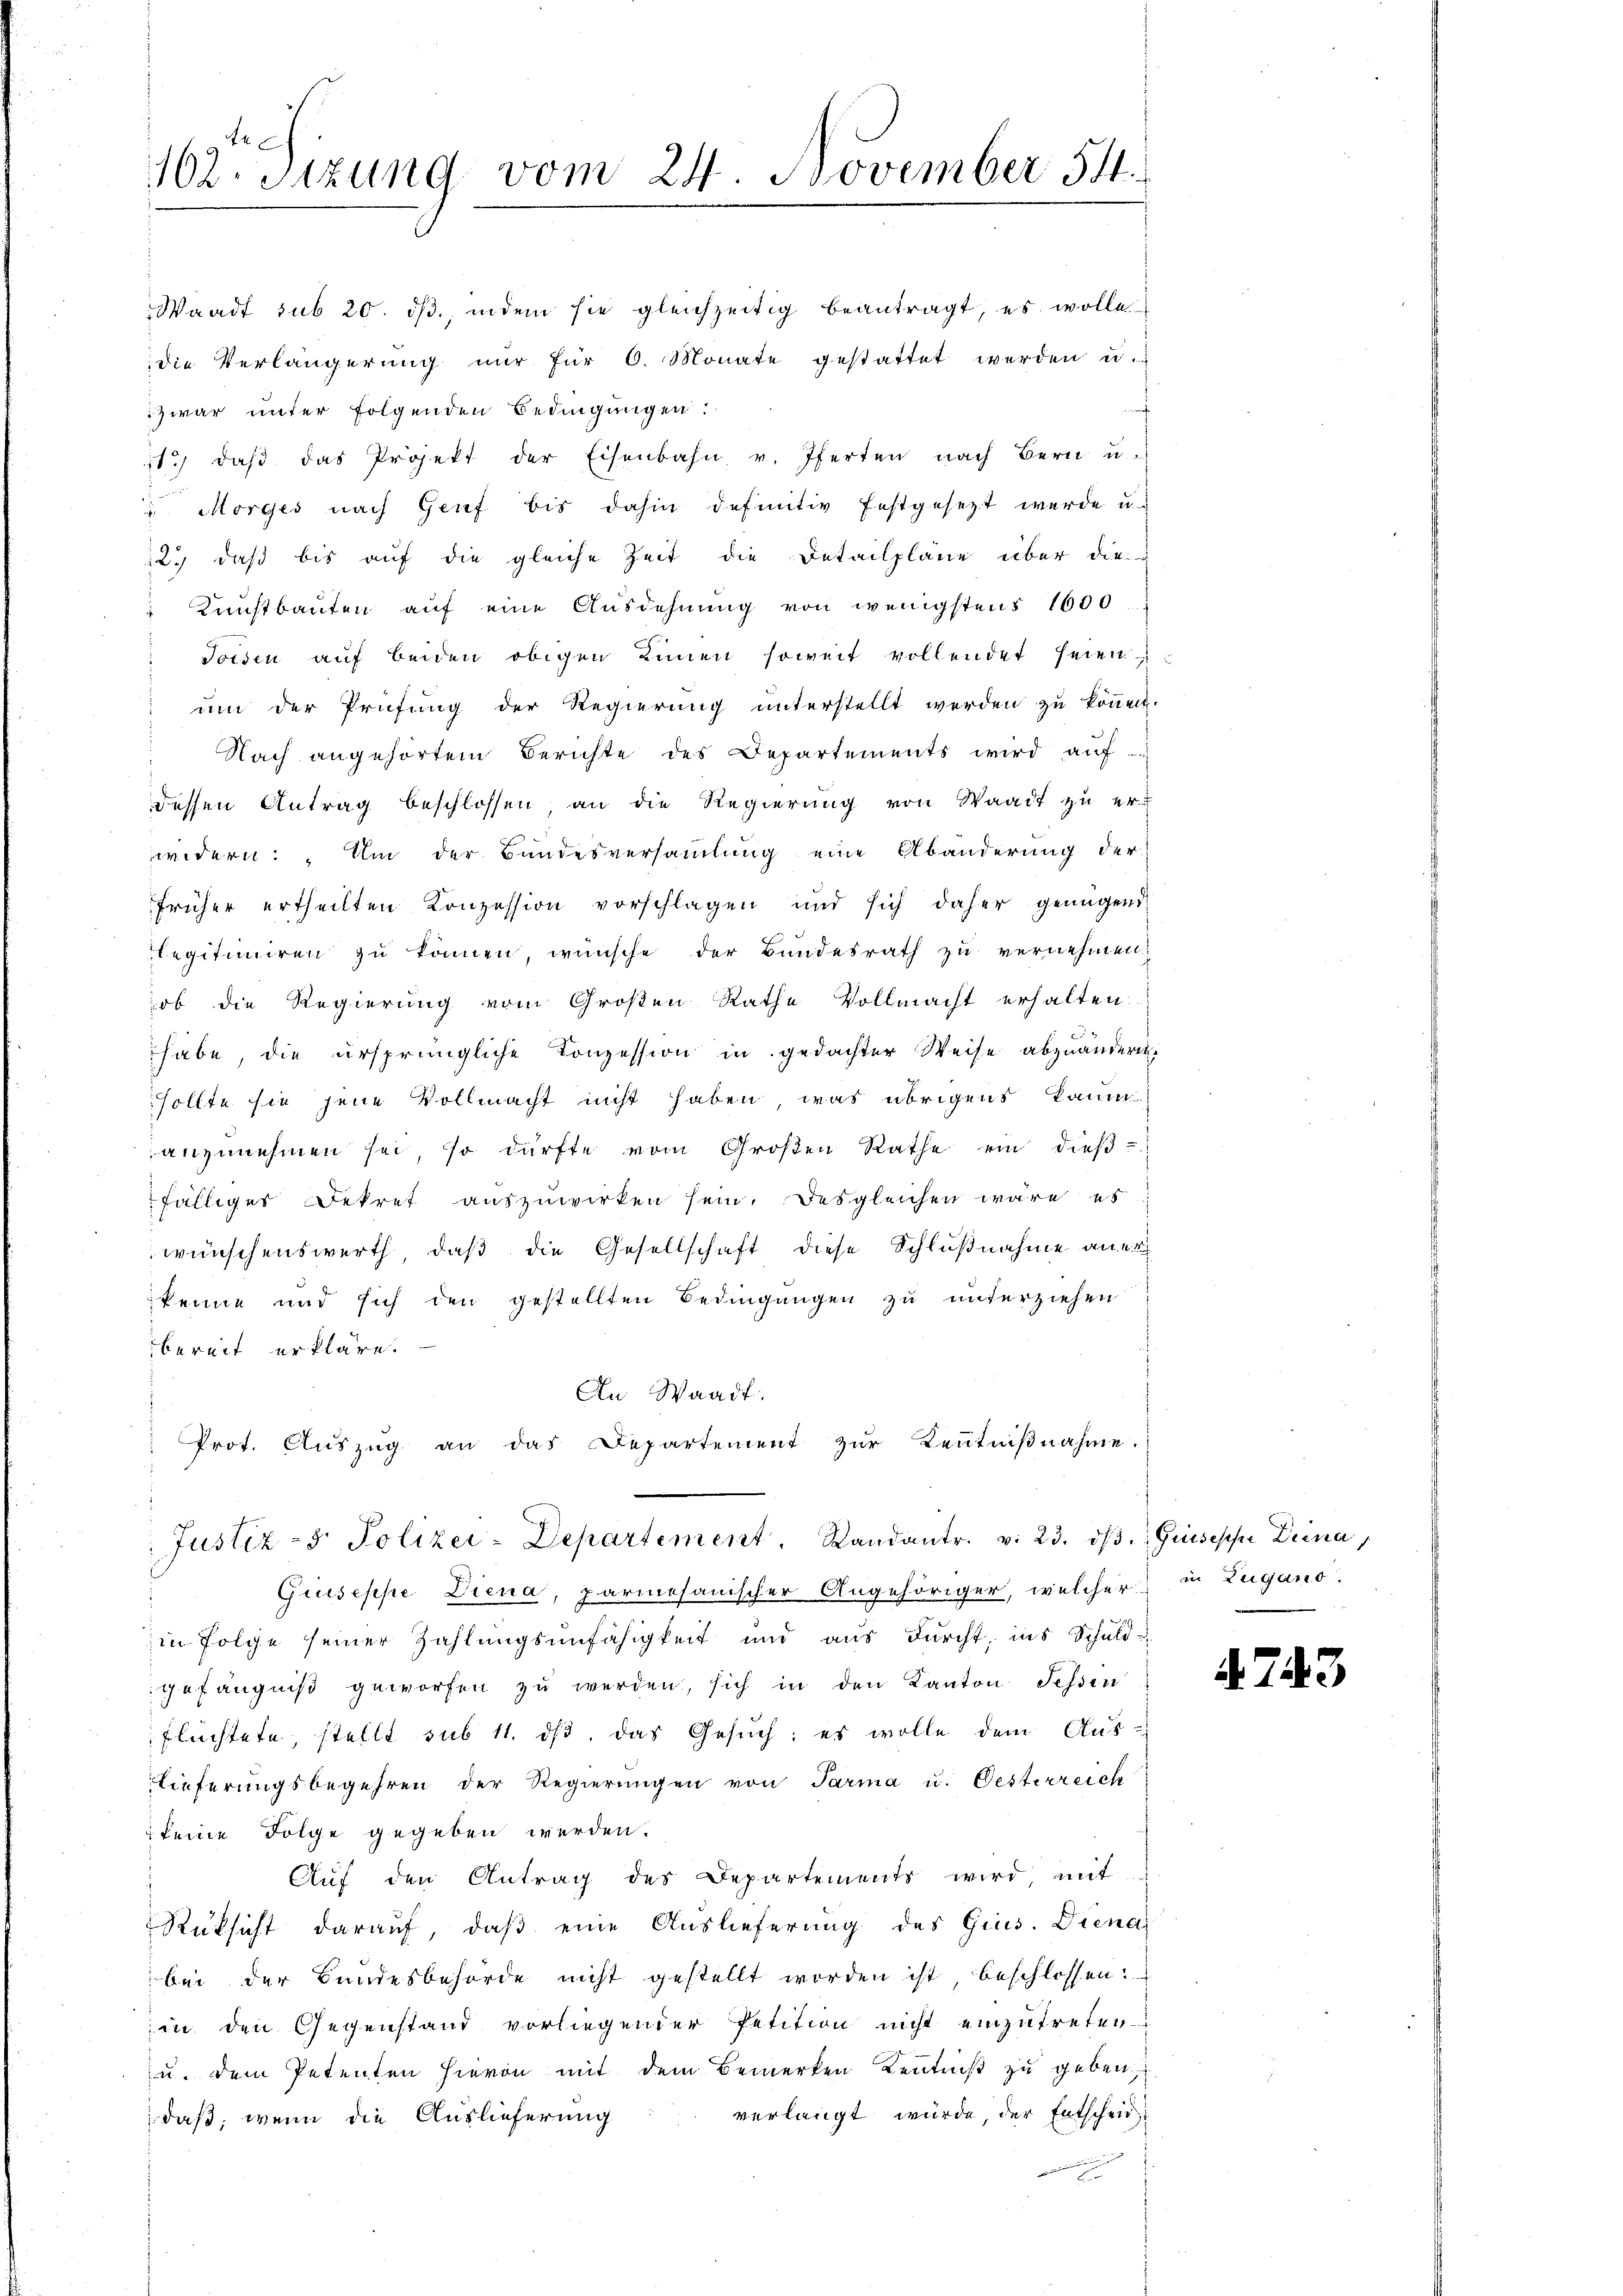
102. Sizung vom 24. November 54

fälliges Dekret auszuwirken sein. Desgleichen wäre es
wünschenswerth, daß die Gesellschaft diese Schlußnahme aner
kenne und sich den gestellten Bedingungen zu unterziehen
bereit erkläre.
An Waadt.
Prot. Auszug an das Departement zur Kenntniβnahme.
Justiz- & Polizei-Departement. Standantr. v. 23. dβ. Grisische Drina,
Giuseppe Diena, parmesanischer Angehöriger, welcher in Zugano.
in Folge seiner Zahlungsunfähigkeit und aus Furcht, ins Schuld-
gefängniß geworfen zu werden, sich in den Kanton Sessen
flüchtete, stellt sub 11. ds. das Gesuch: es wolle dem Aus-
lieferungsbegehren der Regierŭngen von Parma u. Oesterreich
 keine Folge gegeben werden.
Auf den Antrag des Departements wird, mit
Rüksicht darauf, daß eine Auslieferung des Grus. Diena
bei der Bundesbehörde nicht gestellt worden ist, beschlossen:
in den Gegenstand vorliegender Petition nicht einzutreten
u. dem Petenten hievon mit dem Bemerken Kenntniß zu geben
verlangt würde, der Entscheid
daß, wenn die Auslieferung
e

Waadt sub 20. dβ., indem sie gleichzeitig beantragt, es wolle
die Verlängerŭng nŭr für 6. Monate gestattet werden u.
zwar unter folgenden Bedingungen:
11. daβ das Projekt der Eisenbahn v. Pferten nach Bern u.
 Morges nach Genf bis dahin definitiv festgesetzt wurde u.
2.) daß bis auf die gleiche Zeit die Detailpläne über die
Kunstbauten auf eine Ausdehnung von wenigstens 1600
Toisen auf beiden obigen Einen soweit vollendet seien
um der Prüfung der Regierung unterstellt werden zu können.
Nach angehörtem Berichte des Departements wird auf
dessen Antrag beschlossen an die Regierung von Waadt zu erwidern. Um der Bundesversammlung eine Abänderung der
früher ertheilten Konzession vorschlagen und sich daher genügend
Legitimiren zu können, wünsche der Bundesrath zu vernehmen.
hob die Regierung vom Großen Rathe Vollmacht erhalten.
habe, die ursprüngliche Konzession in gedachter Weise abzuändern.
sollte sie jene Vollmacht nicht haben, was übrigens kaum
anzunehmen sei, so dürfte vom Großen Rathe ein dieß-

4743